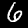
Label: 6